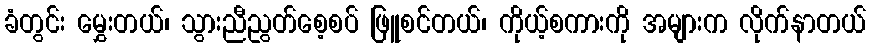
ခံတွင်း မွှေးတယ်၊ သွားညီညွတ်စေ့စပ် ဖြူစင်တယ်၊ ကိုယ့်စကားကို အများက လိုက်နာတယ်